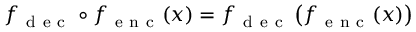
f _ { \mathrm { ~ d ~ e ~ c ~ } } \circ f _ { \mathrm { ~ e ~ n ~ c ~ } } ( x ) = f _ { \mathrm { ~ d ~ e ~ c ~ } } \left( f _ { \mathrm { ~ e ~ n ~ c ~ } } ( x ) \right)